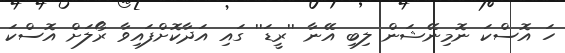
ހަ އޮސްކަ ނޮމިނޭޝަން ލިބި އޭނާ ''ރީޑަ'' ގައި އަދާކޮށްފައިވާ ރޯލަށް އޮސްކަ